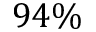
9 4 \%